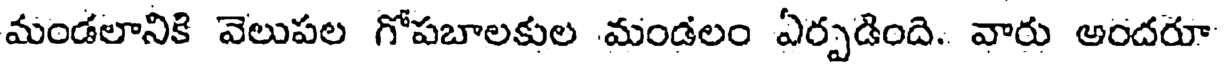
మండలానికి వెలుపల గోపబాలకుల మండలం ఏర్పడింది. వారు అందరూ